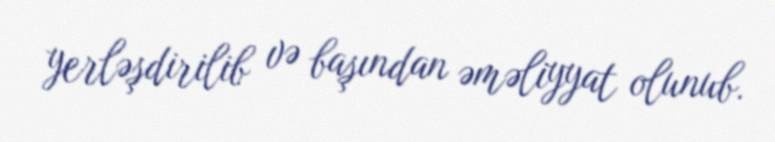
yerləşdirilib və başından əməliyyat olunub.